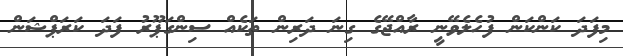
މިފަދަ ކަންކަން ފުހެލެވޭނީ ރާއްޖޭގެ ގިނަ ދަރިން ތަކެއް ސިންގަޕޫރު ފަދަ ކަރަޕްޝަން